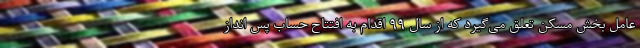
عامل بخش مسکن تعلق می‌گیرد که از سال ۹۹ اقدام به افتتاح حساب پس انداز